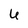
Character: 6